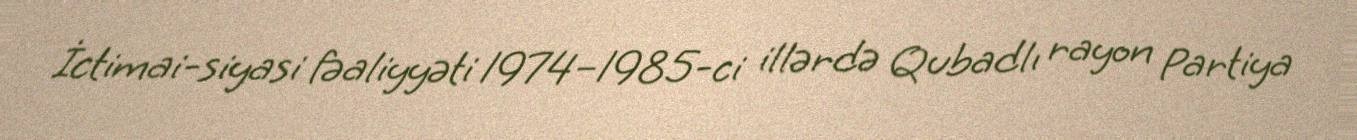
İctimai-siyasi fəaliyyəti 1974–1985-ci illərdə Qubadlı rayon Partiya